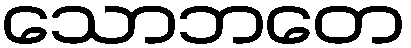
သောဘတေ